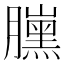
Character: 𦢜